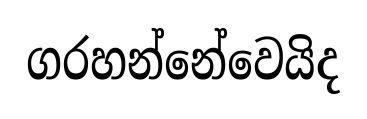
ගරහන්නේවෙයිද